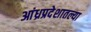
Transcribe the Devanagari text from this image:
आंध्रप्रदेशातल्या